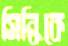
সিন্ধিকে